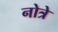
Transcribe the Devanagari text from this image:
नोत्रे